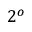
2 ^ { o }